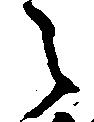
之